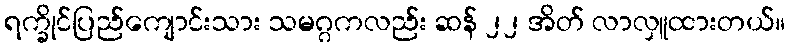
ရက္ခိုင်ပြည်ကျောင်းသား သမဂ္ဂကလည်း ဆန် ၂၂ အိတ် လာလှူထားတယ်။